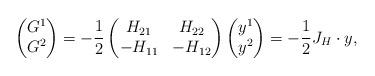
LaTeX: \begin{align*}\begin{pmatrix}G^{1} \\G^{2}\end{pmatrix}=-\frac{1}{2}\begin{pmatrix}H_{21} & H_{22} \\-H_{11} & -H_{12}\end{pmatrix}\begin{pmatrix}y^{1} \\y^{2}\end{pmatrix}=-\frac{1}{2}J_{H}\cdot y,\end{align*}